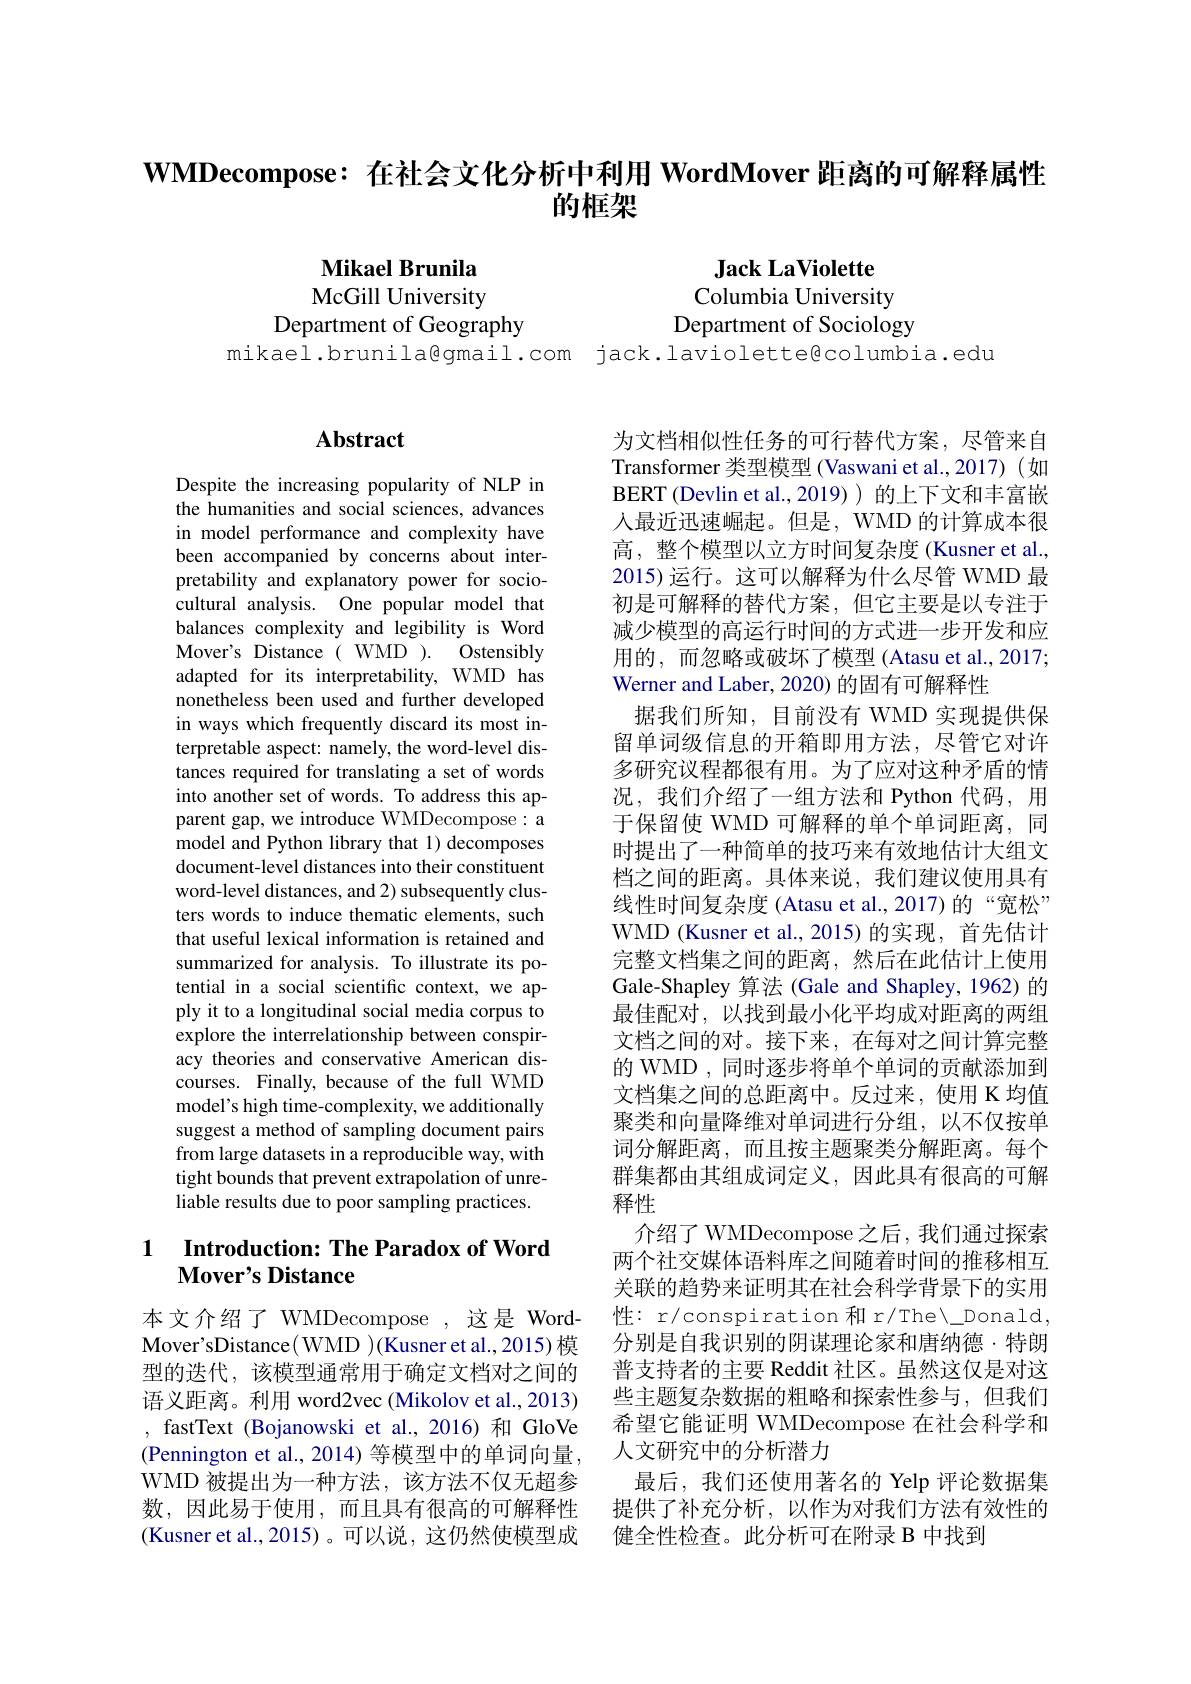
## $\mathbf{WMDecompose:}$在社会文化分析中利用 WordMover 距离的可解释属性的框架

Jack LaViolette
Columbia University
Department of Sociology

Mikael Brunila McGill University
Department of Geography
mikael.brunila@gmail.com jack.laviolette@columbia.edu

# Abstract

Despite the increasing popularity of NLP in the humanities and social sciences, advances in model performance and complexity have been accompanied by concerns about interpretability and explanatory power for sociocultural analysis. One popular model that balances complexity and legibility is Word Mover's Distance( WMD ). Ostensibly adapted for its interpretability, WMD has nonetheless been used and further developed in ways which frequently discard its most interpretable aspect: namely, the word-level distances required for translating a set of words into another set of words. To address this apparent gap, we introduce WMDecompose: a model and Python library that 1) decomposes document-level distances into their constituent word-level distances, and 2) subsequently clusters words to induce thematic elements, such that useful lexical information is retained and summarized for analysis. To illustrate its potential in a social scientific context, we apply it to a longitudinal social media corpus to explore the interrelationship between conspiracy theories and conservative American discourses. Finally, because of the full WMD model's high time-complexity, we additionally suggest a method of sampling document pairs from large datasets in a reproducible way, with tight bounds that prevent extrapolation of unreliable results due to poor sampling practices.

## 1 $\textbf{Introduction: The Paradox of Word}$ Mover's Distance

本文介绍了 WMDecompose ,这是 Word型的迭代，该模型通常用于确定文档对之间的语义距离。利用 word2vec (Mikolov et al., 2013) , fastText (Bojanowski et al.,2016)和 GloVe (Pennington et al., 2014) 等模型中的单词向量， WMD 被提出为一种方法，该方法不仅无超参数，因此易于使用，而且具有很高的可解释性(Kusner et al.,2015)。可以说，这仍然使模型成

为文档相似性任务的可行替代方案，尽管来自Transformer 类型模型 (Vaswani et al.,2017)(如BERT (Devlin et al.,2019) ) 的上下文和丰富嵌人最近迅速崛起。但是，WMD 的计算成本很高，整个模型以立方时间复杂度 (Kusner et al., 2015)运行。这可以解释为什么尽管 WMD 最初是可解释的替代方案，但它主要是以专注于减少模型的高运行时间的方式进一步开发和应用的，而忽略或破坏了模型(Atasu et al.,2017; Werner and Laber, 2020) 的固有可解释性
据我们所知，目前没有 WMD 实现提供保留单词级信息的开箱即用方法，尽管它对许多研究议程都很有用。为了应对这种矛盾的情况，我们介绍了一组方法和 Python 代码，用于保留使 WMD 可解释的单个单词距离，同时提出了一种简单的技巧来有效地估计大组文档之间的距离。具体来说，我们建议使用具有线性时间复杂度 (Atasu et al., 2017)的“宽松” WMD (Kusner et al.,2015)的实现，首先估计完整文档集之间的距离，然后在此估计上使用Gale-Shapley 算法 (Gale and Shapley, 1962) 的最佳配对，以找到最小化平均成对距离的两组文档之间的对。接下来，在每对之间计算完整的 WMD , 同时逐步将单个单词的贡献添加到文档集之间的总距离中。反过来，使用 K 均值聚类和向量降维对单词进行分组，以不仅按单词分解距离，而且按主题聚类分解距离。每个群集都由其组成词定义，因此具有很高的可解释性
介绍了 WMDecompose 之后，我们通过探索两个社交媒体语料库之间随着时间的推移相互关联的趋势来证明其在社会科学背景下的实用性：r/conspiration 和 r/The\Donald, 分别是自我识别的阴谋理论家和唐纳德·特朗普支持者的主要 Reddit 社区。虽然这仅是对这些主题复杂数据的粗略和探索性参与，但我们希望它能证明 WMDecompose 在社会科学和人文研究中的分析潜力
最后，我们还使用著名的 Yelp 评论数据集提供了补充分析，以作为对我们方法有效性的健全性检查。此分析可在附录 B 中找到